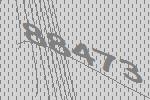
88473